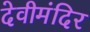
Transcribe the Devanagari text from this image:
देवीमंदिर